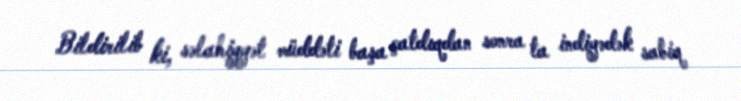
Bildirilib ki, səlahiyyət müddəti başa çatdıqdan sonra ta indiyədək sabiq